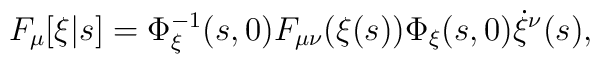
F_\mu[\xi|s] = \Phi_\xi^{-1}(s,0) F_{\mu\nu}(\xi(s)) \Phi_\xi(s,0)   \dot{\xi}^\nu(s),